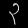
Digit: ၃